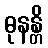
ဓုနန္တိ